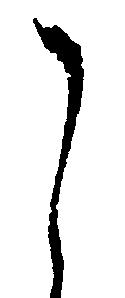
し